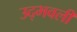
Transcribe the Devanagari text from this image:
उद्‍भवली